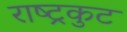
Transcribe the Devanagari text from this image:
राष्‍ट्रकुट